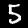
Label: 5